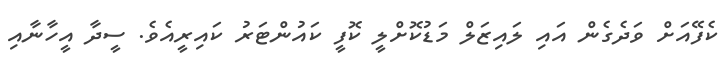
ކެފޭއަށް ވަދެގެން އައި ލައިޒަލް މަޑުކޮށްލީ ކޮފީ ކައުންޓަރު ކައިރީއެވެ. ސީދާ އީހާނާއި